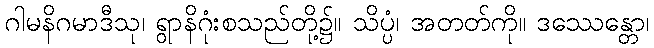
ဂါမနိဂမာဒီသု၊ ရွာနိဂုံးစသည်တို့၌။ သိပ္ပံ၊ အတတ်ကို။ ဒဿေန္တော၊